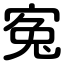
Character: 寃